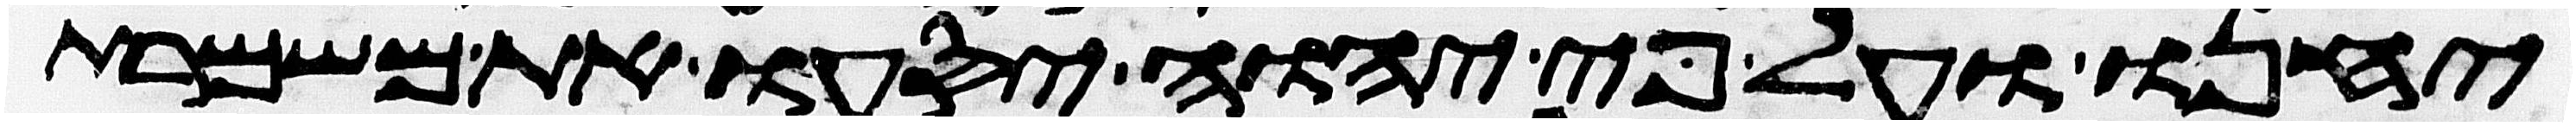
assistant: יחנו ועל פי יהוה יסעו את משמרת